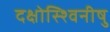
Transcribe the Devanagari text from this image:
दक्षोस्श्विनीषु